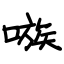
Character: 嗾